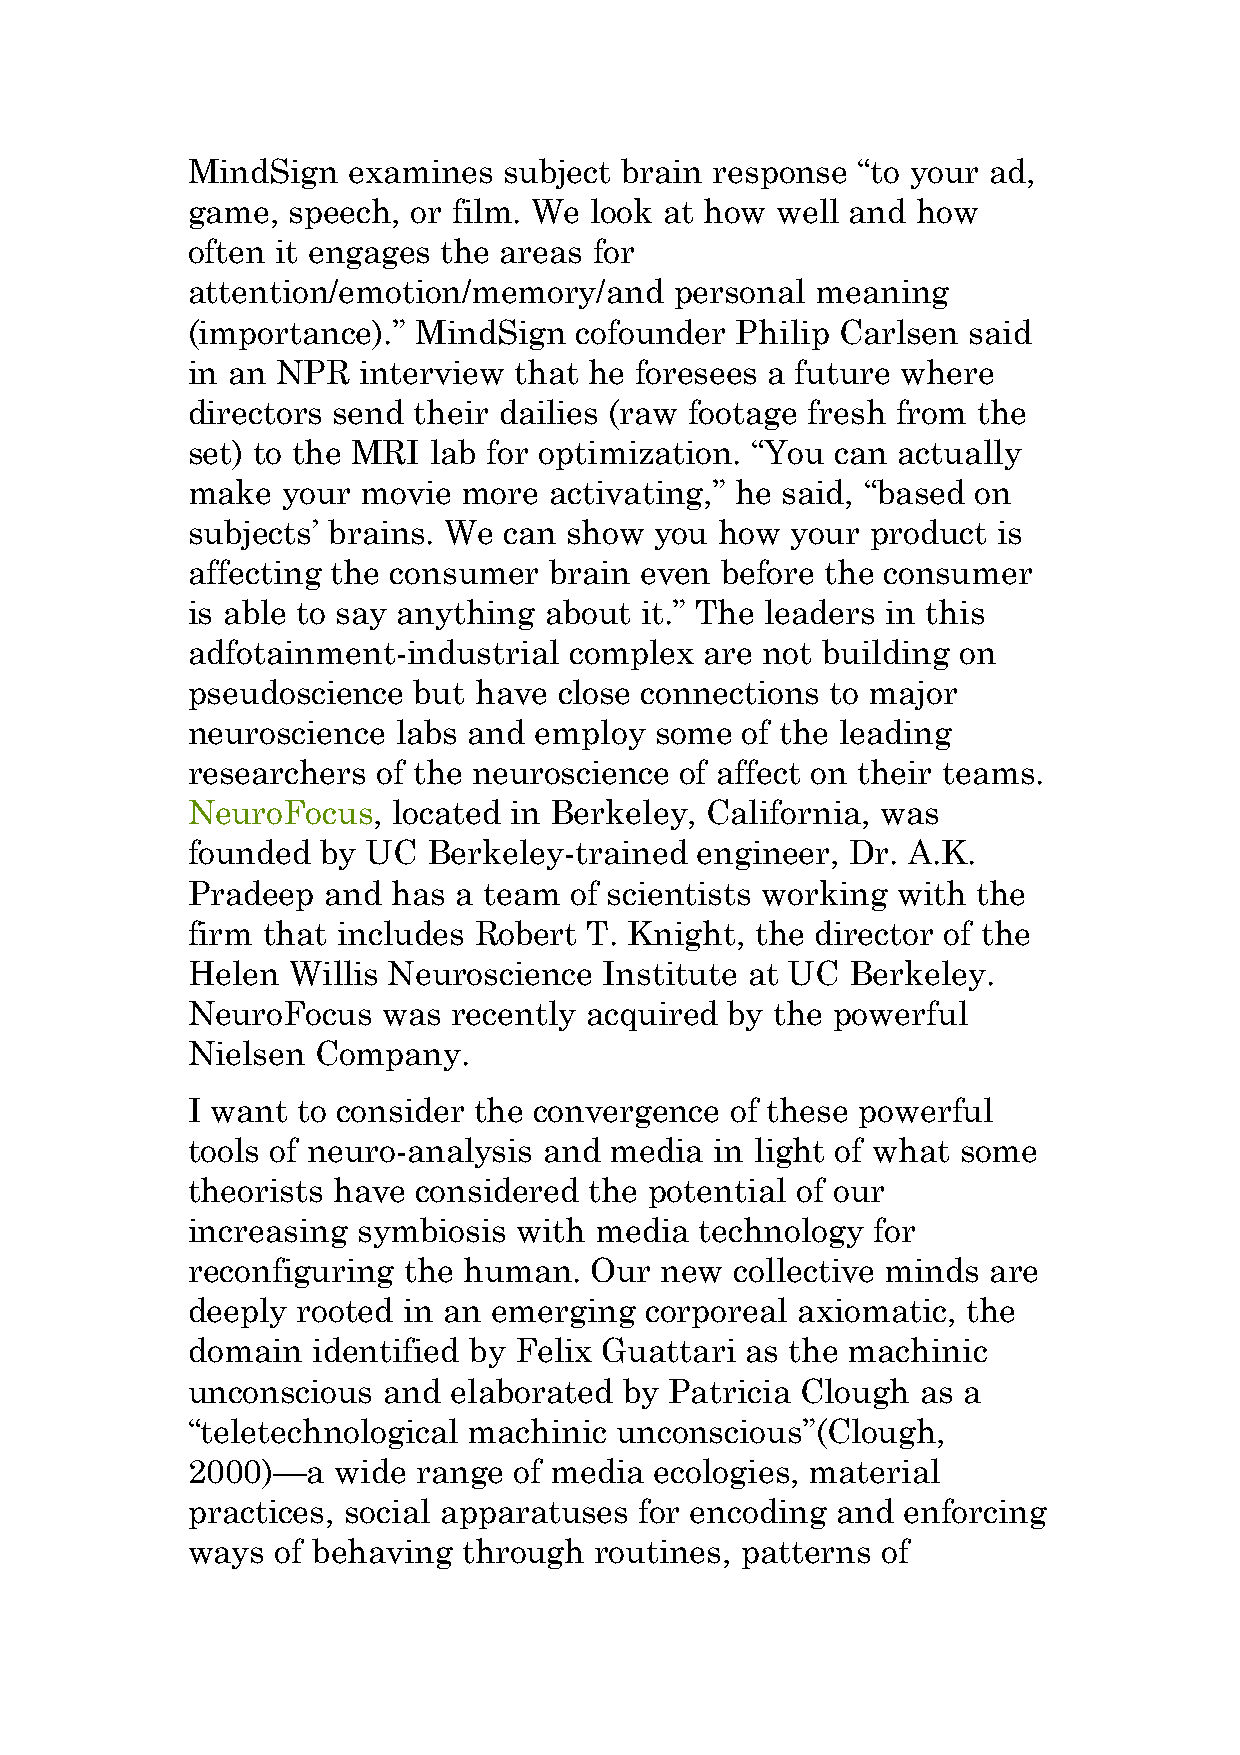
MindSign   examines  subject brain response  “to your ad,
 game,  speech, or film. We look at how well and  how
 often it engages the areas for
 attention/emotion/memory/and     personal meaning
 (importance).”  MindSign  cofounder  Philip Carlsen said
 in an NPR   interview that he foresees a future where
 directors send their dailies (raw footage fresh from the
 set) to the MRI lab for optimization. “You can actually
 make   your movie  more activating,” he said, “based on
 subjects’ brains. We can  show you  how your  product is
 affecting the consumer  brain even  before the consumer
 is able to say anything about it.” The leaders in this
 adfotainment-industrial   complex  are not building on
 pseudoscience  but have  close connections to major
 neuroscience  labs and employ  some  of the leading
 researchers  of the neuroscience of affect on their teams.
 NeuroFocus,   located in Berkeley, California, was
 founded  by UC  Berkeley-trained  engineer, Dr. A.K.
 Pradeep  and  has a team  of scientists working with the
 firm that includes Robert  T. Knight, the director of the
 Helen  Willis Neuroscience  Institute at UC Berkeley.
 NeuroFocus   was  recently acquired by the powerful
 Nielsen  Company.
 I want  to consider the convergence of these powerful
 tools of neuro-analysis and media  in light of what some
 theorists have  considered the potential of our
 increasing  symbiosis with media  technology  for
 reconfiguring  the human.  Our  new  collective minds are
 deeply  rooted in an emerging  corporeal axiomatic, the
 domain   identified by Felix Guattari as the machinic
 unconscious  and  elaborated by Patricia Clough  as a
 “teletechnological machinic  unconscious”(Clough,
 2000)—a   wide  range of media ecologies, material
 practices, social apparatuses for encoding and  enforcing
 ways  of behaving  through routines, patterns of